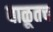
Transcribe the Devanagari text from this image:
वाळूतच